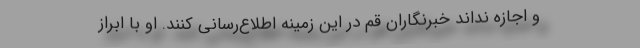
و اجازه نداند خبرنگاران قم در این زمینه اطلاع‌رسانی کنند. او با ابراز